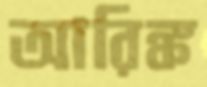
আরিঙ্ক